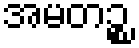
အမတဉ္စ